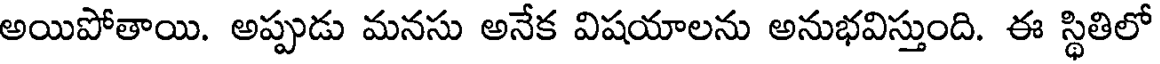
అయిపోతాయి. అప్పుడు మనసు అనేక విషయాలను అనుభవిస్తుంది. ఈ స్థితిలో